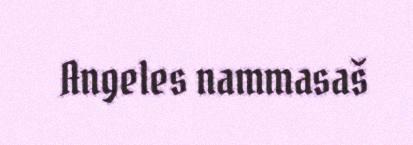
Angeles nammasaš